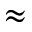
\approx